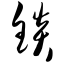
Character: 锬